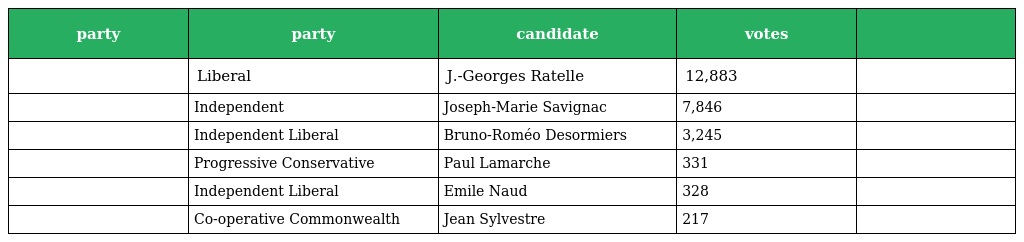
| party | party | candidate | votes |  |
 | --- | --- | --- | --- | --- |
 |  | Liberal | J.-Georges Ratelle | 12,883 |  |
 |  | Independent | Joseph-Marie Savignac | 7,846 |  |
 |  | Independent Liberal | Bruno-Roméo Desormiers | 3,245 |  |
 |  | Progressive Conservative | Paul Lamarche | 331 |  |
 |  | Independent Liberal | Emile Naud | 328 |  |
 |  | Co-operative Commonwealth | Jean Sylvestre | 217 |  |